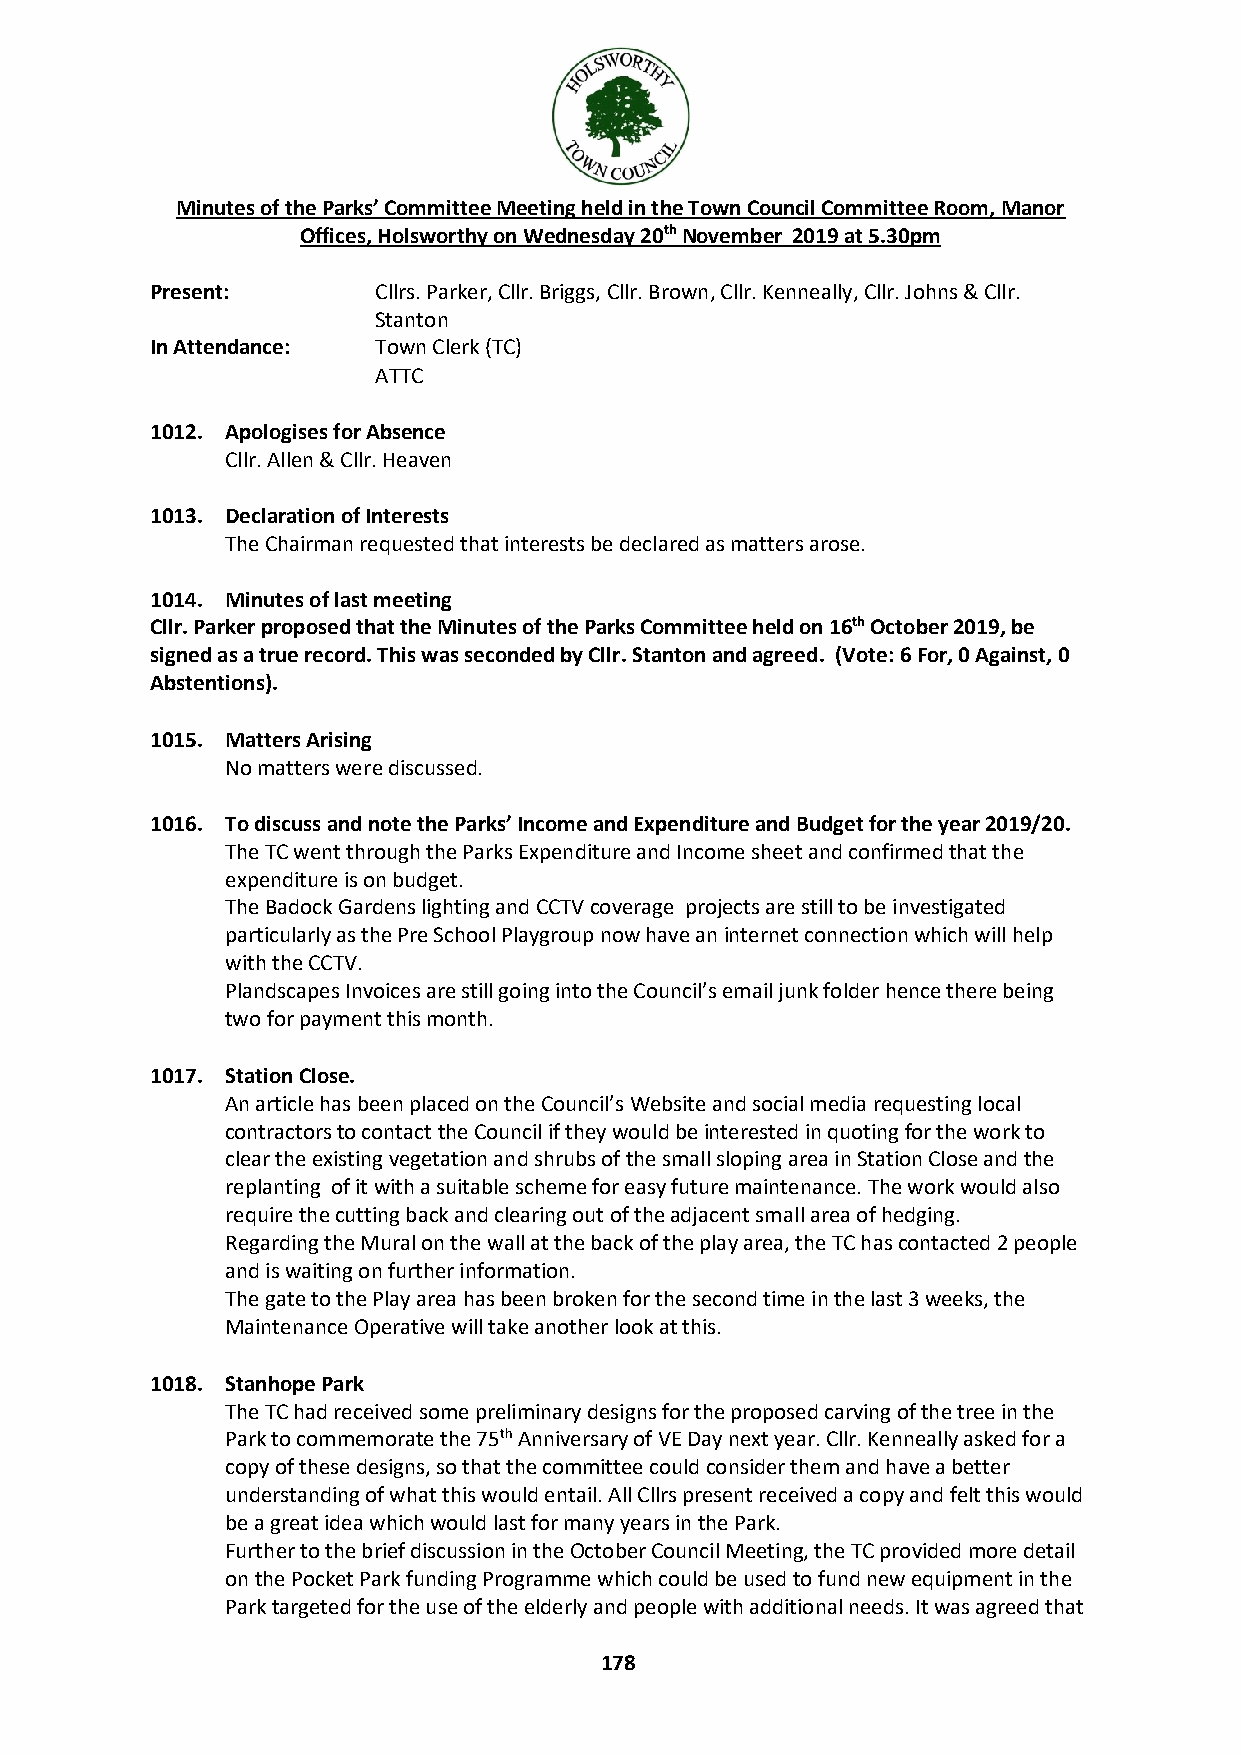
Minutes of the Parks’ Committee Meeting held in the Town Council Committee Room, Manor
 Offices, Holsworthy on Wednesday 20th November 2019 at 5.30pm
 Present:       Cllrs. Parker, Cllr. Briggs, Cllr. Brown, Cllr. Kenneally, Cllr. Johns & Cllr.
 Stanton
 In Attendance: Town Clerk (TC)
 ATTC
 1012. Apologises for Absence
 Cllr. Allen & Cllr. Heaven
 1013. Declaration of Interests
 The Chairman requested that interests be declared as matters arose.
 1014. Minutes of last meeting
 Cllr. Parker proposed that the Minutes of the Parks Committee held on 16th October 2019, be
 signed as a true record. This was seconded by Cllr. Stanton and agreed. (Vote: 6 For, 0 Against, 0
 Abstentions).
 1015. Matters Arising
 No matters were discussed.
 1016. To discuss and note the Parks’ Income and Expenditure and Budget for the year 2019/20.
 The TC went through the Parks Expenditure and Income sheet and confirmed that the
 expenditure is on budget.
 The Badock Gardens lighting and CCTV coverage projects are still to be investigated
 particularly as the Pre School Playgroup now have an internet connection which will help
 with the CCTV.
 Plandscapes Invoices are still going into the Council’s email junk folder hence there being
 two for payment this month.
 1017. Station Close.
 An article has been placed on the Council’s Website and social media requesting local
 contractors to contact the Council if they would be interested in quoting for the work to
 clear the existing vegetation and shrubs of the small sloping area in Station Close and the
 replanting of it with a suitable scheme for easy future maintenance. The work would also
 require the cutting back and clearing out of the adjacent small area of hedging.
 Regarding the Mural on the wall at the back of the play area, the TC has contacted 2 people
 and is waiting on further information.
 The gate to the Play area has been broken for the second time in the last 3 weeks, the
 Maintenance Operative will take another look at this.
 1018. Stanhope Park
 The TC had received some preliminary designs for the proposed carving of the tree in the
 Park to commemorate the 75th Anniversary of VE Day next year. Cllr. Kenneally asked for a
 copy of these designs, so that the committee could consider them and have a better
 understanding of what this would entail. All Cllrs present received a copy and felt this would
 be a great idea which would last for many years in the Park.
 Further to the brief discussion in the October Council Meeting, the TC provided more detail
 on the Pocket Park funding Programme which could be used to fund new equipment in the
 Park targeted for the use of the elderly and people with additional needs. It was agreed that
 178